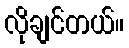
လိုချင်တယ်။